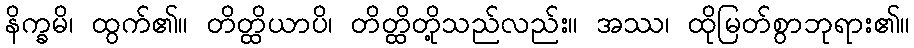
နိက္ခမိ၊ ထွက်၏။ တိတ္ထိယာပိ၊ တိတ္ထိတို့သည်လည်း။ အဿ၊ ထိုမြတ်စွာဘုရား၏။